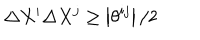
\Delta X ^ { i } \Delta X ^ { j } \geq \left| \theta ^ { i j } \right| / 2